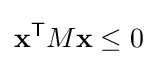
\mathbf {x} ^{\mathsf {T}}M\mathbf {x} \leq 0